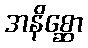
အနိစ္ဆော